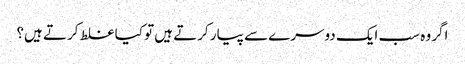
اگر وہ سب ایک دوسرے سے پیار کرتے ہیں تو کیا غلط کرتے ہیں؟